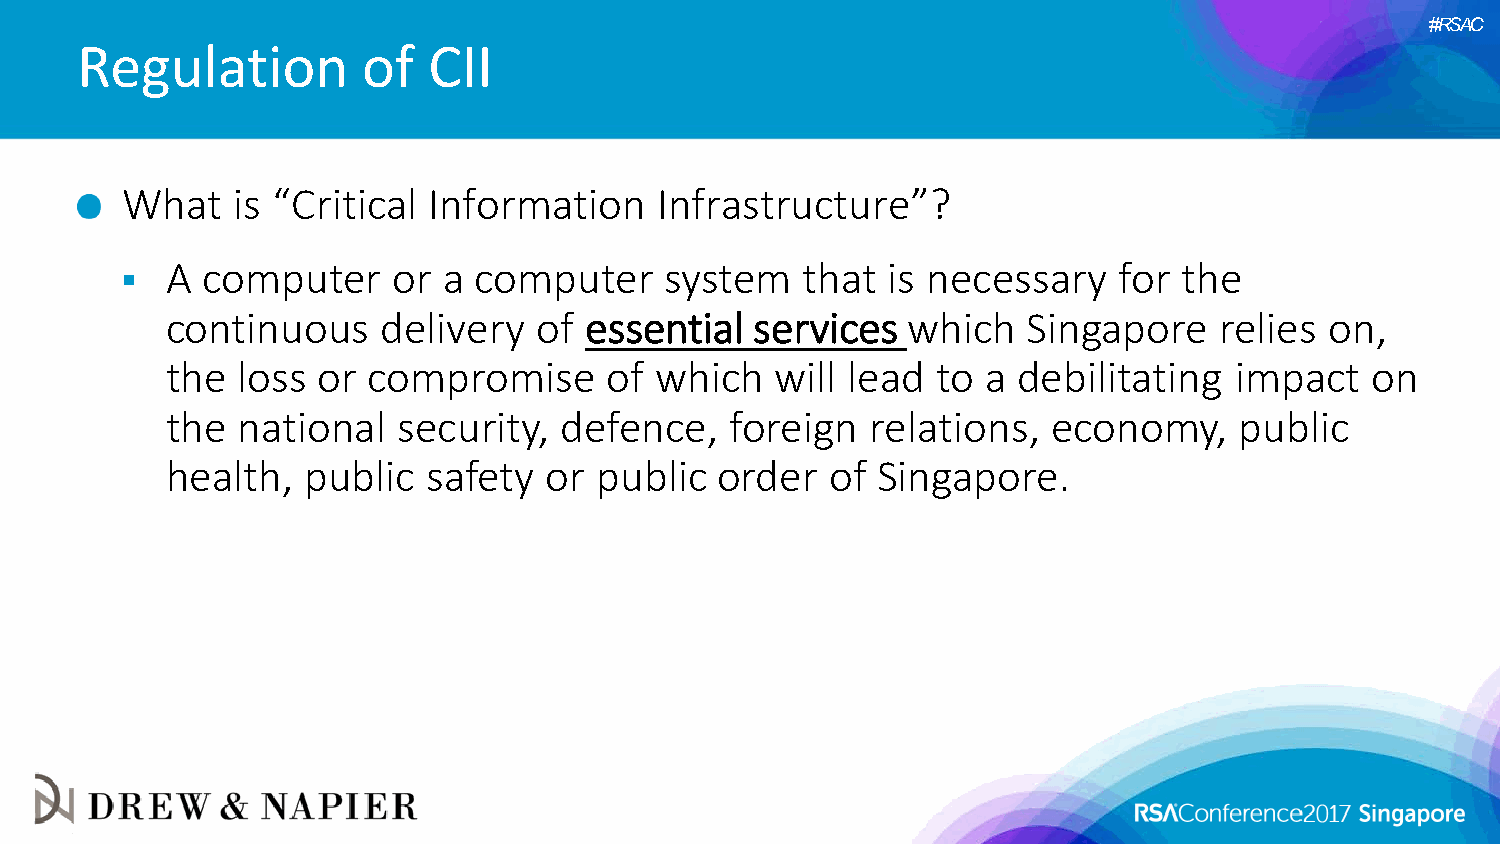
#RSAC
 Regulation         of  CII
 What   is “Critical Information     Infrastructure”?
   A computer     or a computer     system   that  is necessary   for the
 continuous    delivery   of essential  services  which   Singapore    relies on,
 the  loss or compromise      of which   will lead  to a debilitating   impact   on
 the  national  security,  defence,   foreign   relations,  economy,    public
 health,  public  safety  or public   order  of Singapore.